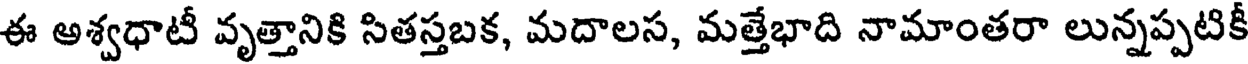
ఈ ఆశ్వధాటీ వృత్తానికి సితస్తబక, మదాలస, మత్తేభాది నామాంతరా లున్నప్పటికీ